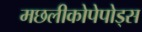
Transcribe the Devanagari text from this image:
मछलीकोपेपोड्स